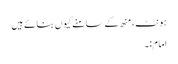
ہونٹ، منھ کے سامنے کیوں بنائے ہیں
امام:۔